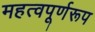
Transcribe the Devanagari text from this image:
महत्वपूर्णरूप